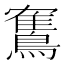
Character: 𫛏